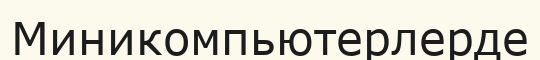
Миникомпьютерлерде